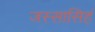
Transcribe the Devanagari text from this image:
जस्सासिहं